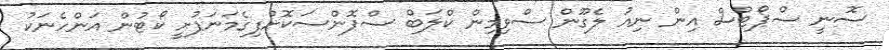
ސޮނީ ސްޕޯޓްސް އިން ނިއު ލެގޫން ސްވިމިން ކްލަބް ސްޕޮންސަކޮށްފިގެމަނަފުށީ ކޯޓުން އަންހެނަކު